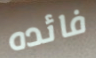
فائده